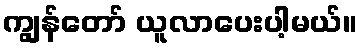
ကျွန်တော် ယူလာပေးပါ့မယ်။